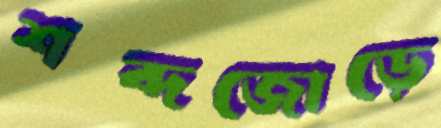
শব্দজোড়ে